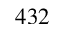
4 3 2